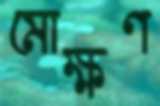
মোক্ষণ